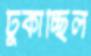
ঢুকাচ্ছিল